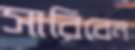
সারিবেন